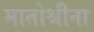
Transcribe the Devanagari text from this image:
मातोश्रीना